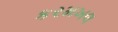
કરમખલ